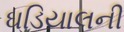
ઘડિયાલની